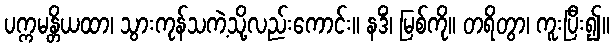
ပက္ကမန္တိယထာ၊ သွားကုန်သကဲ့သို့လည်းကောင်း။ နဒိံ၊ မြစ်ကို။ တရိတွာ၊ ကူးပြီး၍။